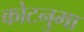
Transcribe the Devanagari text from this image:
कोटनुमा